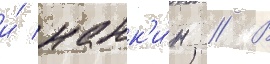
и́ нанк'и́н // В